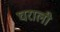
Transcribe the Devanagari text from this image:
घराली